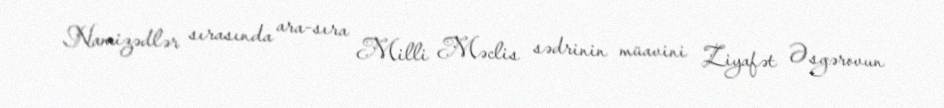
Namizədlər sırasında ara-sıra Milli Məclis sədrinin müavini Ziyafət Əsgərovun